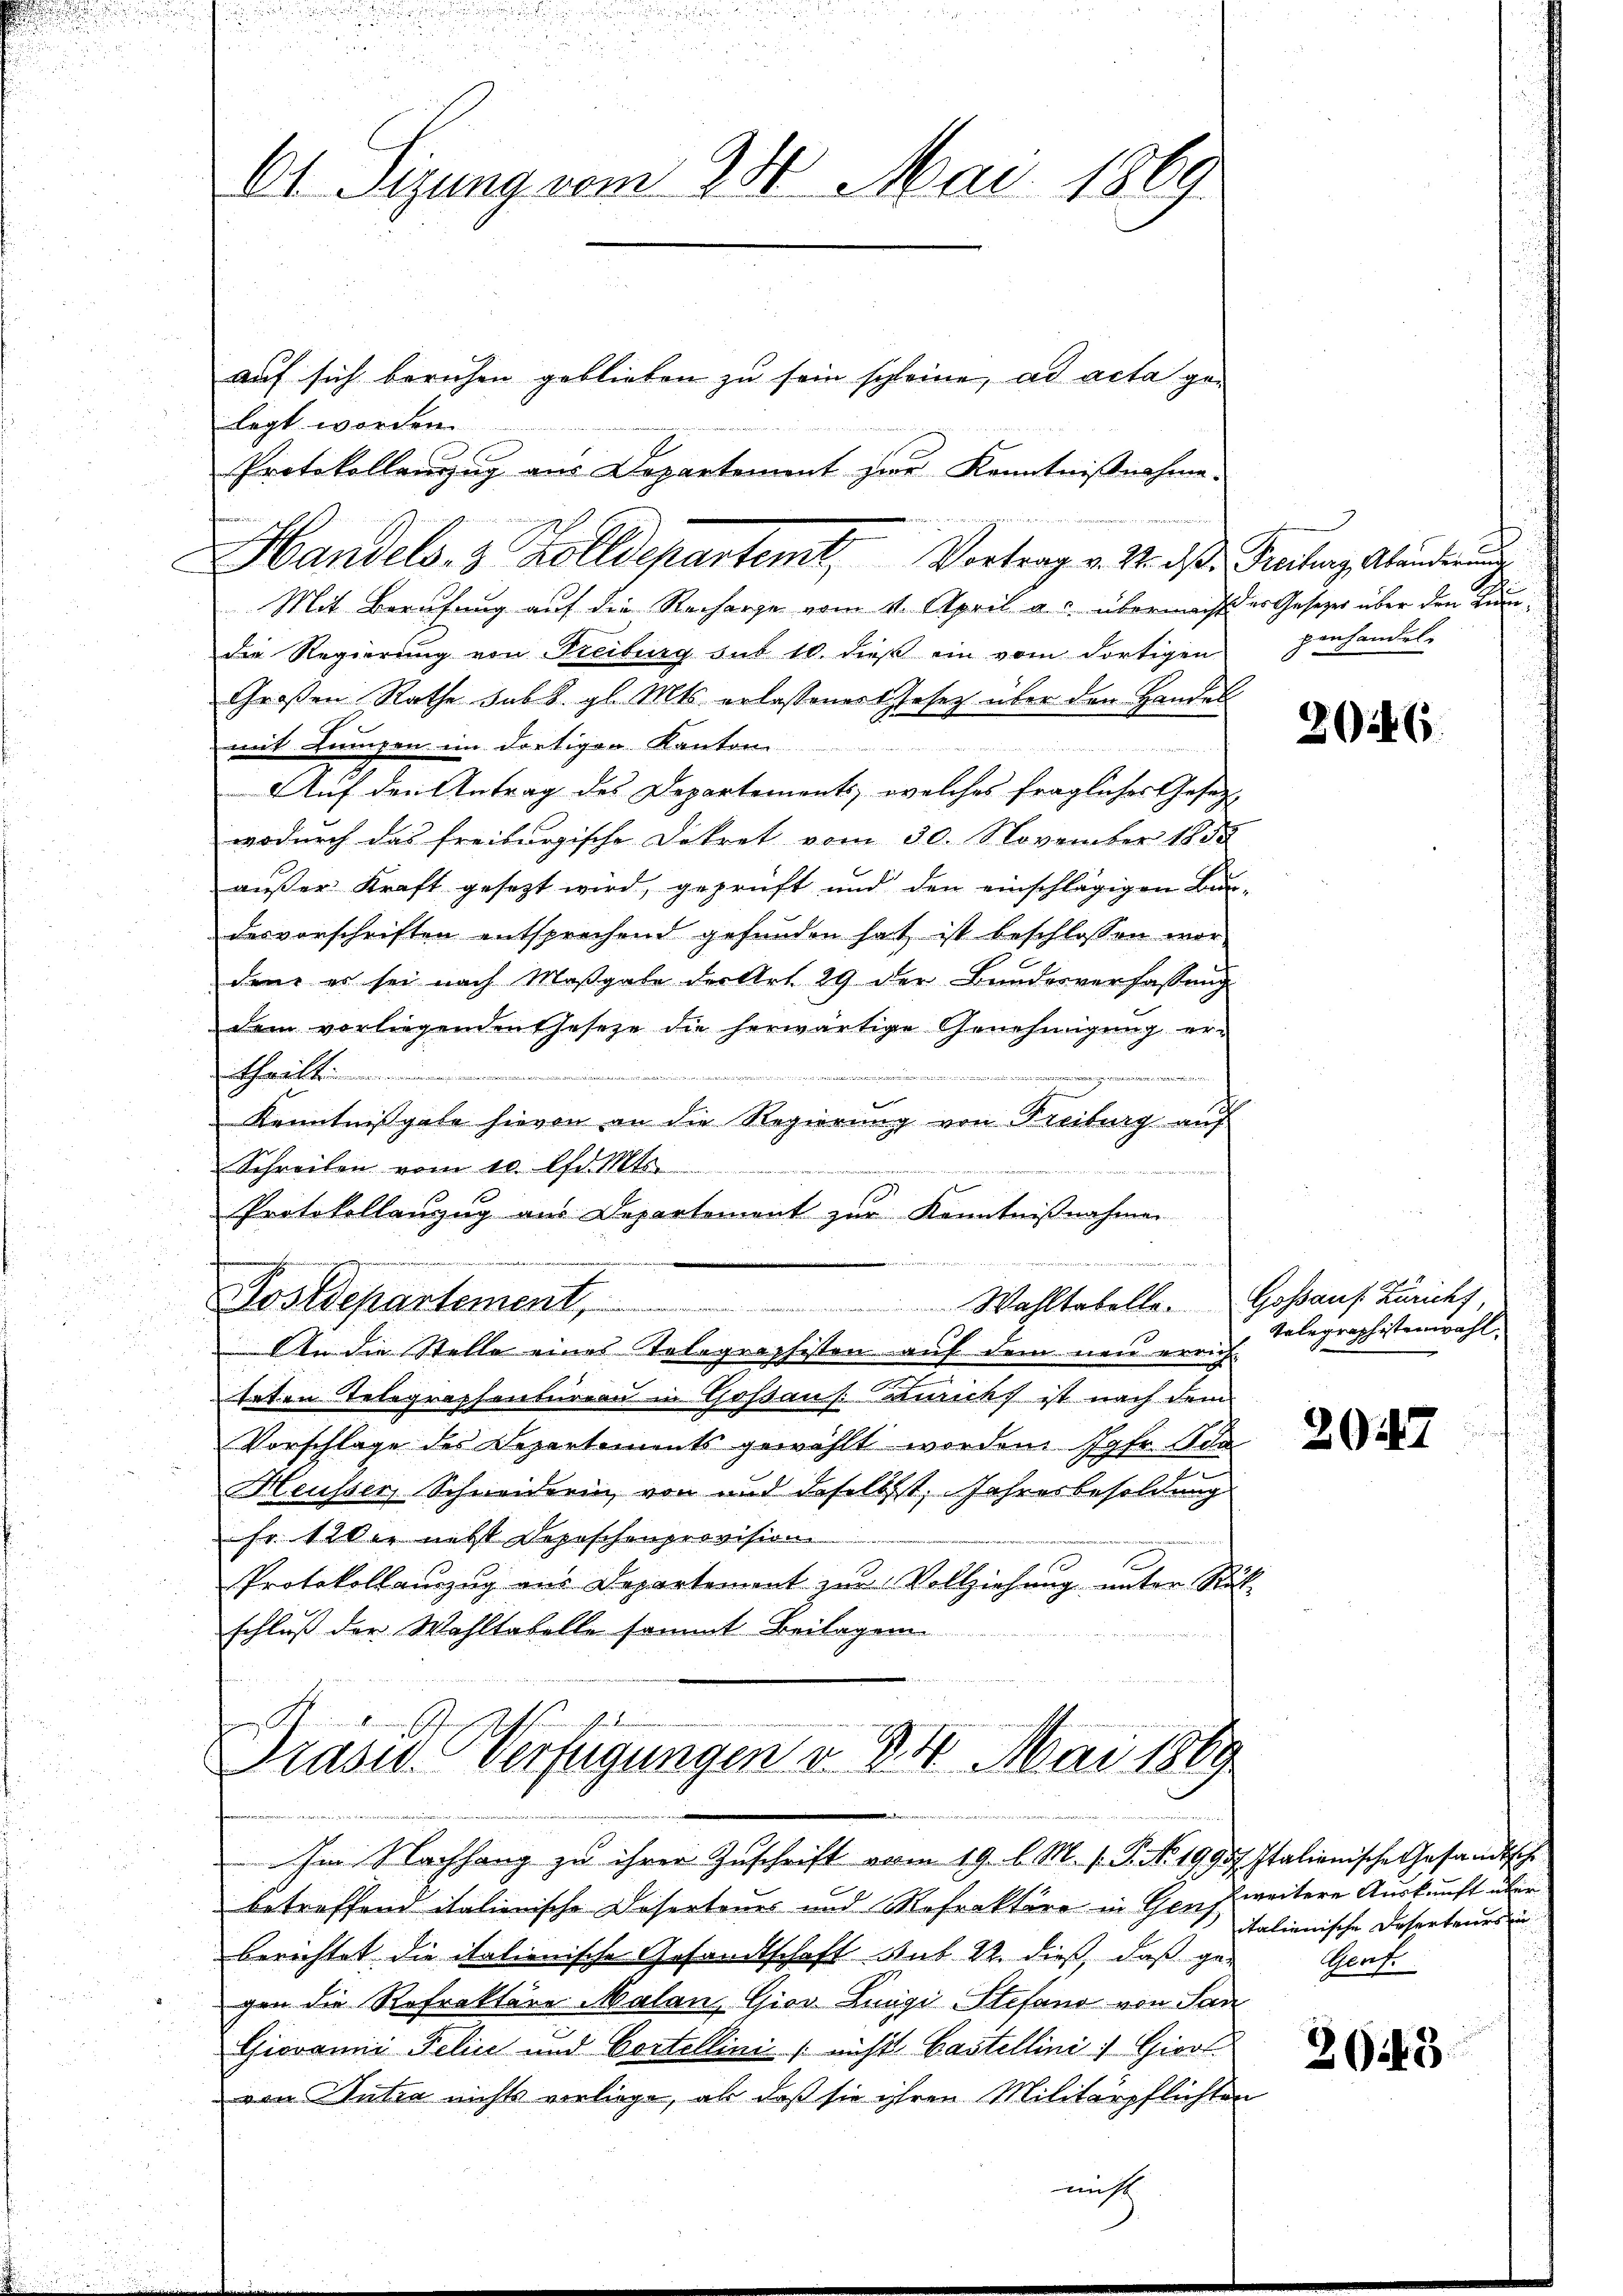
Ot. Sizung vom 28. Mai 1869.

auf sich beruhen geblieben zu sein schleine, ad acta gelegt worden.
die Regierung von Freiburg sub 10. dieß ein vom dortigen
Großen Rathe sub 8. gl. Mts. erlassenes Gesetz über den Handel
mit Lungen im dortigen Kanton

Auf den Antrag des Departements, welches fragliches Gesetz-
wodurch das freiburgische Dekret vom 30. November 1858
aŭβer Kraft gesezt wird, geprüft und den einschlägigen Bur-
desvorschriften entsprechend gefunden hat ist beschlossen wor-
den, es sei nach Maßgabe der Art. 29 der Bundesverfassung
dem vorliegenden Gesetze die herwärtige Genehmigung erhwalt
,unter der die
Kenntnissgabe hievon an die Regierung von Freiburg auf
Schreiben vom 10. Uhr. Mts.
12,50
Protokollenzug aus Departement zur Kenntnißnahmen
id es in der
Postdepartement. Wahltabelle. Gossauf Zürichs
An die Stelle eines Telegraphisten auf dem neu errich
teten Telegraphenburgau in Goßau s. Züricht ist nach dem
Vorschlage des Separtements gewählt worden Jgfr. Scha
Heusser, Schneiderin von und daselbst, Jahresbesoldung
Fr. 12 der nett Depeschenprovision.
Protokollauszug aus Departement zur Vollziehung unter Rat
schluß der Wahltabelle sammt Beilagen.

Protokollanzug aus Departement zur Kenntnißnahme.
Handels- & Zolldepartemt Vortrag v. M. D. Reiterz. Abänderun
Mit Berufung auf die Recharge vom 4. April a. c. übermacht der Gesetzer über den Kun¬

Prases Verfügungen v. 24. Mai 1869
Im Nachhang zu ihrer Zuschrift vom 19. l. M. s. P. No. 19957. Italienische Gesandtsche

Betreffend italienische Deserteurs und Rofraktore in Genf,
berichtet die italienische Gesandtschaft sub 22. dieß, daß ge-
gen die Refraktäre Malan, Gior Luigi Stefand von San
Giovanni Felix und Cortellini / nichts Castellini. Giov
von Antra nichts vorliege, als daß sie ihren Militärpflichten
nicht

penhandel.

2286.

Telegraphistenwahl.

2047

weitere Auskunft über
italienische Deserteiers zu
Porf.

2045.